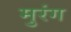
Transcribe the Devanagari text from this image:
मुरंग